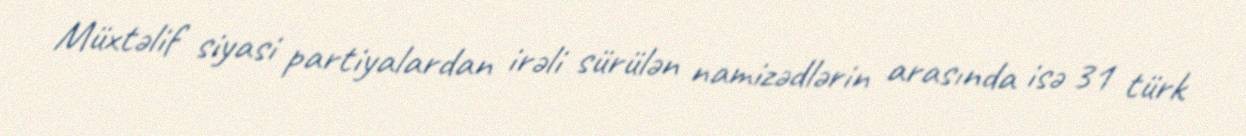
Müxtəlif siyasi partiyalardan irəli sürülən namizədlərin arasında isə 31 türk